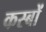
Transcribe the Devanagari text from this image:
कस्‍बों